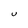
Character: U